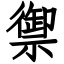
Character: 禦